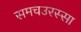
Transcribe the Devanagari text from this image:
समचउरस्सा